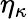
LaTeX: \eta_{\kappa}